Leaving Certificate Examination (including Day School Certificate (Higher) General paper), 1939
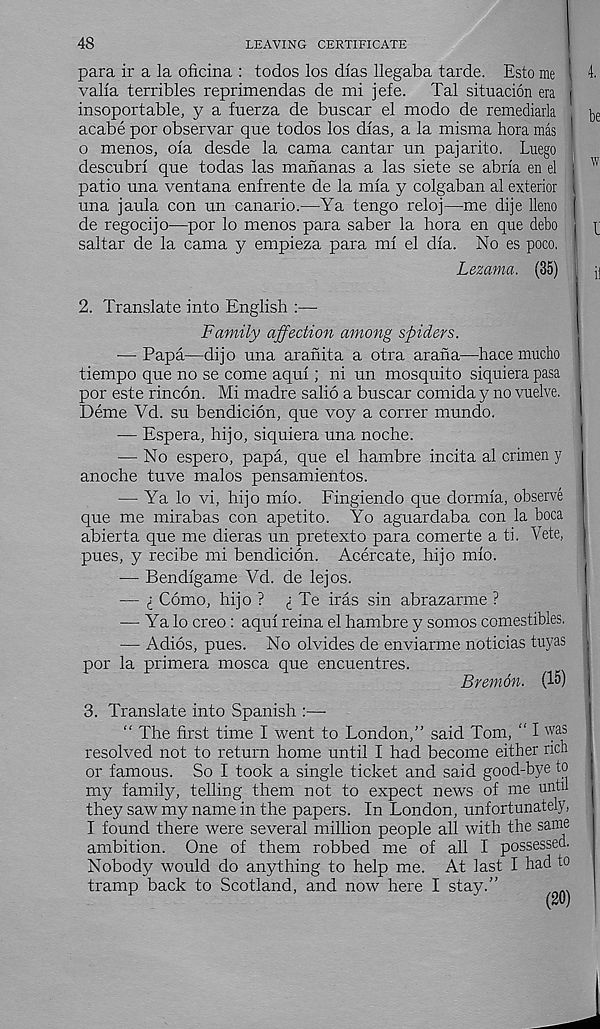
48
LEAVING CERTIFICATE
para ir a la oficina : todos los dias llegaba tarde. Esto me \ i
valla terribles reprimendas de mi jefe.
Tal situacion era i
insoportable, y a fuerza de buscar el modo de remediarla
^
acabe por observar que todos los dlas, a la misma hora mas
o menos, ola desde la cama cantar un pajarito. Luego ]
descubrl que todas las mananas a las siete se abrla en el | w
patio una ventana enfrente de la mla y colgaban al exterior (
una jaula con un canario.—Ya tengo reloj—me dije lleno I
de regocijo—por lo menos para saber la hora en que debo i
saltar de la cama y empieza para ml el dla. No es poco.
Lezama. (35) , i]
I
2. Translate into English :—•
Family affection among spiders.
— Papa—dijo una aranita a otra arana—hace mucho
tiempo que no se come aqul; ni un mosquito siquiera pasa
por este rincon. Mi madre salio a buscar comida y no vuelve. ]
Deme Vd. su bendicion, que voy a correr mundo.
— Espera, hijo, siquiera una noche.
— No espero, papa, que el hambre incita al crimen y
anoche tuve malos pensamientos.
— Ya lo vi, hijo mlo. Fingiendo que dormla, observe
que me mirabas con apetito. Yo aguardaba con la boca
abierta que me dieras un pretexto para comerte a ti. Vete,
pues, y recibe mi bendicion. Acercate, hijo mlo.
— Bendlgame Vd. de lejos.
— I Como, hijo ?
Te iras sin abrazarme ?
— Ya lo creo : aqul reina el hambre y somos comestibles.
— Adios, pues. No olvides de enviarme noticias tuyas |
por la primera mosca que encuentres.
1
Bremon. (15) I
3. Translate into Spanish :—-
“ The first time I went to London,” said Tom, " I w as
resolved not to return home until I had become either rich ^
or famous. So I took a single ticket and said good-bye to
my family, telling them not to expect news of me until ,
they saw my name in the papers. In London, unfortunately,
I found there were several million people all with the same
ambition. One of them robbed me of all I possessed.
Nobody would do anything to help me. At last I had to
tramp back to Scotland, and now here I stay.”